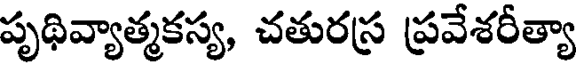
పృథివ్యాత్మకస్య, చతురస్ర ప్రవేశరీత్యా